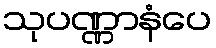
သုပဏ္ဏာနံပေ